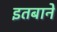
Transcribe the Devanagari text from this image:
इतबाने